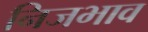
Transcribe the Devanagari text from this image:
निजभाव